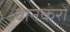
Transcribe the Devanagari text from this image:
बानकरों